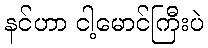
နင်ဟာ ငါ့မောင်ကြီးပဲ